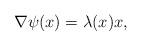
LaTeX: \begin{align*}\nabla\psi(x)=\lambda(x) x,\end{align*}